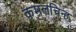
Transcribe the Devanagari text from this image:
कमलचिन्ह